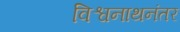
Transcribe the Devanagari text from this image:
विश्वनाथनंतर